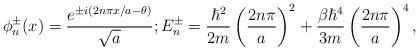
LaTeX: \begin{align*}\phi_{n}^{\pm}(x)=\frac{e^{\pm i \left( 2n\pi x/a-\theta \right)}}{\sqrt{a}} ; E_{n}^{\pm}=\frac{\hslash^{2}}{2m}\left(\frac{2n\pi}{a}\right)^{2}+\frac{\beta \hslash^{4}}{3m}\left(\frac{2n\pi}{a}\right)^{4},\end{align*}